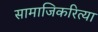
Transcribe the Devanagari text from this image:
सामाजिकरित्या